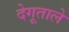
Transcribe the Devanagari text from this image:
देगूताले